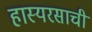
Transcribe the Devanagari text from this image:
हास्यरसाची